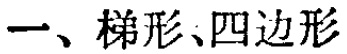
一、梯形、四边形